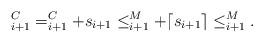
LaTeX: \begin{align*}_{i+1}^C = _{i+1}^C + s_{i+1} \leq _{i+1}^M + \lceil s_{i+1}\rceil \leq _{i+1}^M.\end{align*}